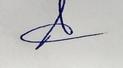
Signature authenticity: genuine